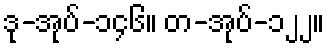
ဒု-အုပ်-၁၄၆။ တ-အုပ်-၁၂၂။